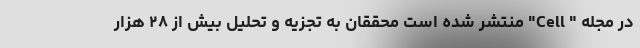
در مجله " Cell" منتشر شده است محققان به تجزیه و تحلیل بیش از ۲۸ هزار